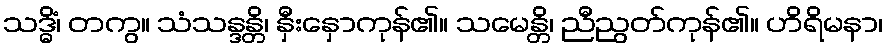
သဒ္ဓိံ၊ တကွ။ သံသန္ဒန္တိ၊ နှီးနှောကုန်၏။ သမေန္တိ၊ ညီညွတ်ကုန်၏။ ဟိရိမနာ၊